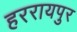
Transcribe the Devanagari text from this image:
हररायपुर